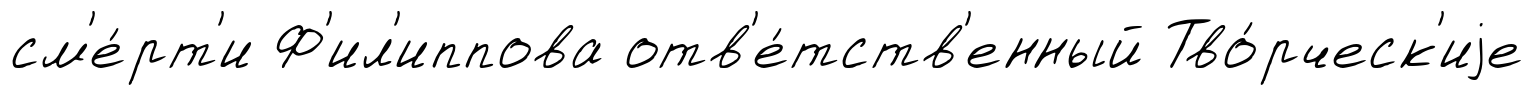
см'е́рт'и Ф'ил'иппова отв'е́тств'енный Тво́рческ'иjе